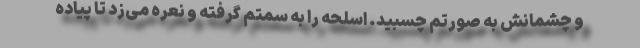
و چشمانش به صورتم چسبید. اسلحه را به سمتم گرفته و نعره می‌زد تا پیاده